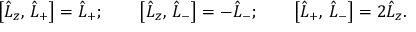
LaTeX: \left[ \hat { L } _ { z } , \, \hat { L } _ { + } \right] = \hat { L } _ { + } ; \qquad \left[ \hat { L } _ { z } , \, \hat { L } _ { - } \right] = - \hat { L } _ { - } ; \qquad \left[ \hat { L } _ { + } , \, \hat { L } _ { - } \right] = 2 \hat { L } _ { z } .